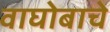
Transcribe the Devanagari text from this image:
वाघोबाचे